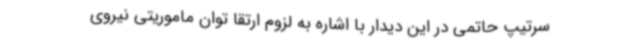
سرتیپ حاتمی در این دیدار با اشاره به لزوم ارتقا توان ماموریتی نیروی